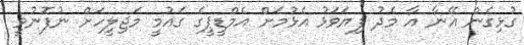
ގުޅިގެން އޭނާ އާ މެދު ފިޔަވަޅު އެޅުމަށް އެމްޑީޕީގެ ގައުމީ މަޖިލީހަށް ނުފޮނުވީ